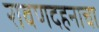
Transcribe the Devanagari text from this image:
रावणदहनाचा